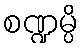
စဏ္ဍမ္ပိ